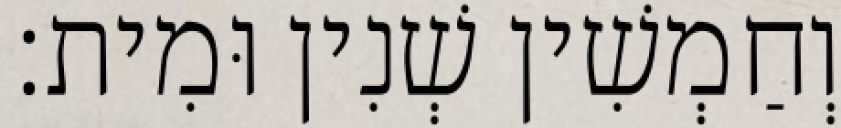
וְחַמְשִׁין שְׁנִין וּמִית׃